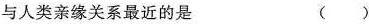
与人类亲缘关系最近的是 ()